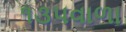
૧૩૫વાળા